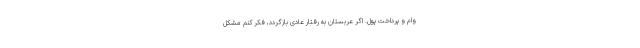
وام و پرداخت پول. اگر عربستان به رفتار عادی بازگردد، فکر کنم مشکل